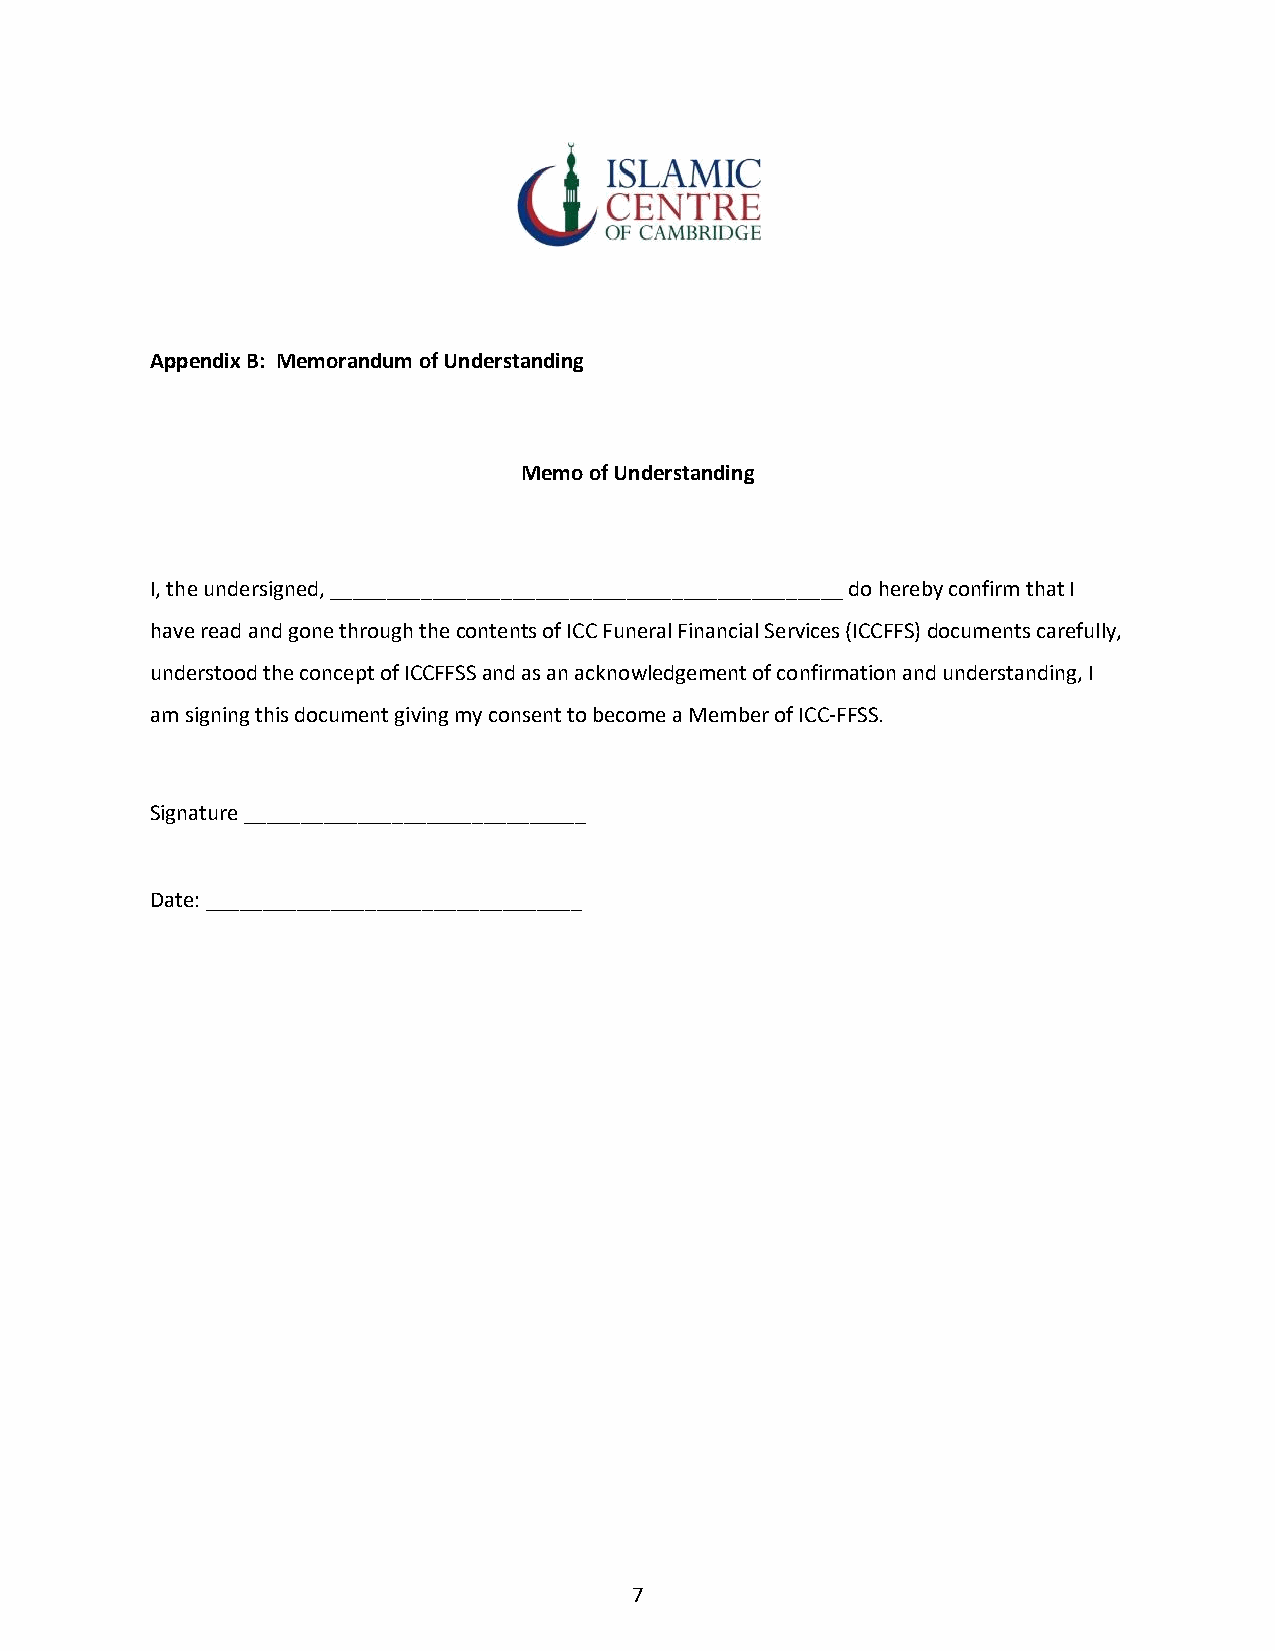
Appendix B: Memorandum of Understanding
 Memo of Understanding
 I, the undersigned, _____________________________________________ do hereby confirm that I
 have read and gone through the contents of ICC Funeral Financial Services (ICCFFS) documents carefully,
 understood the concept of ICCFFSS and as an acknowledgement of confirmation and understanding, I
 am signing this document giving my consent to become a Member of ICC-FFSS.
 Signature ______________________________
 Date: _________________________________
 7